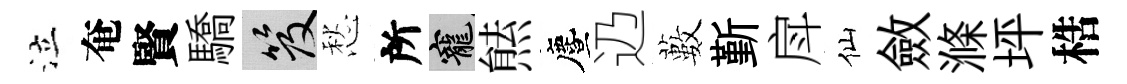
泣奄賢驕笈愁所寵㷱󵨌辸藪斳戽仙斂滌坪梏